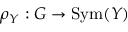
\rho _ { Y } : G \to \operatorname { S y m } ( Y )